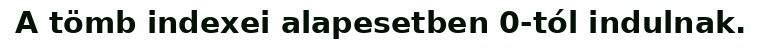
A tömb indexei alapesetben 0-tól indulnak.